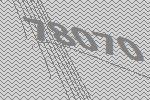
78070